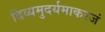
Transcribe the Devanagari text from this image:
दिव्यमुदर्यमाकरजं